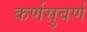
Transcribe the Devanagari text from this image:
कर्णसुबर्ण